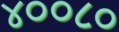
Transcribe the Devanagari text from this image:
४००८०